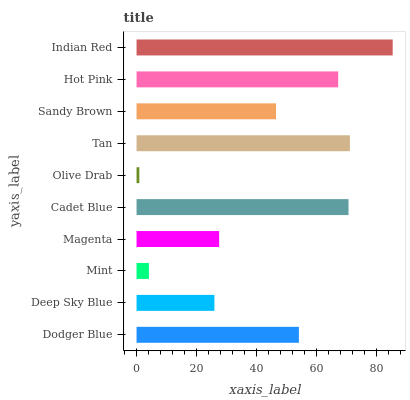
| yaxis_label | bars |
 | --- | --- |
 | Dodger Blue | 54.1 |
 | Deep Sky Blue | 26 |
 | Mint | 4.13 |
 | Magenta | 27.5 |
 | Cadet Blue | 70.7 |
 | Olive Drab | 0.924 |
 | Tan | 71.1 |
 | Sandy Brown | 46.5 |
 | Hot Pink | 67.2 |
 | Indian Red | 85.4 |